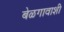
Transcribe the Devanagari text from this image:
बेळगावाशी